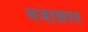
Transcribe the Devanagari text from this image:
मजाफ़ात